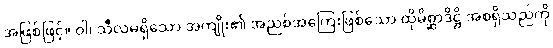
အဖြစ်ဖြင့်။ ဝါ၊ သီလမရှိသော အကျိုး၏ အညစ်အကြေးဖြစ်သော ထိုမိစ္ဆာဒိဋ္ဌိ အစရှိသည်ကို